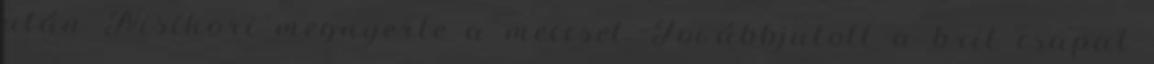
után Nisikori megnyerte a meccset. Továbbjutott a brit csapat